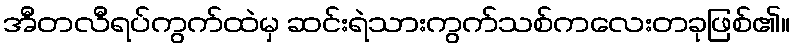
အီတလီရပ်ကွက်ထဲမှ ဆင်းရဲသားကွက်သစ်ကလေးတခုဖြစ်၏။